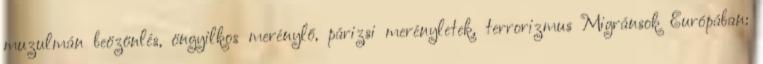
muzulmán beözönlés, öngyilkos merénylő, párizsi merényletek, terrorizmus Migránsok Európában: